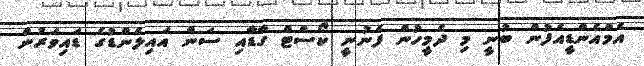
އެމްއެންޑީއެފުން ބުނީ މި ދެމީހުން ފެނުނީ ކޯސްޓް ގާޑާއި ސަން އައިލެންޑުގެ ޑައިވަރުން